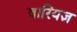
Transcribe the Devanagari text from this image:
वारियज्ञ